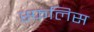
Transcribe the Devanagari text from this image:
स्फलिस